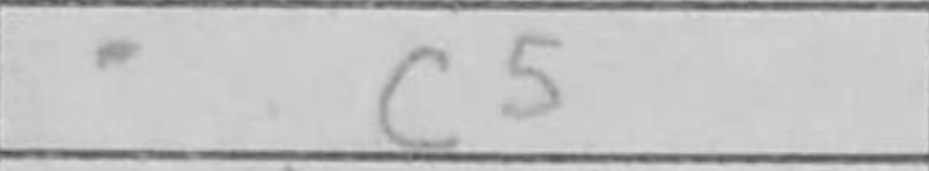
Transcription: c5